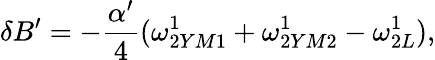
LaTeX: \delta B^{\prime}=-{\frac{\alpha^{\prime}}{4}}(\omega_{2YM1}^{1}+\omega_{2YM2}^{1}-\omega_{2L}^{1}),